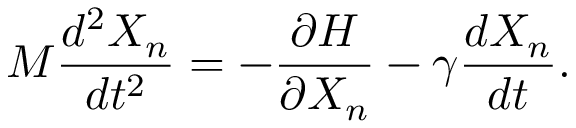
M \frac { d ^ { 2 } X _ { n } } { d t ^ { 2 } } = - \frac { \partial H } { \partial X _ { n } } - \gamma \frac { d X _ { n } } { d t } .